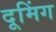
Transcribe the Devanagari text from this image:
दूमिंग